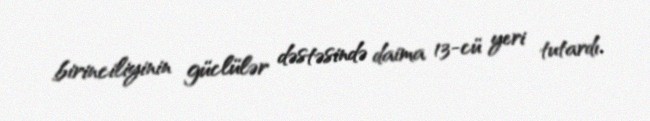
birinciliyinin güclülər dəstəsində daima 13-cü yeri tutardı.